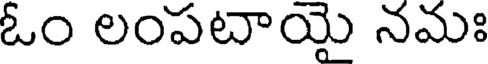
ఓం లంపటాయై నమః